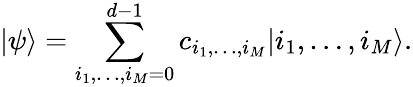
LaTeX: \vert\psi\rangle=\sum_{i_{1},\dots,i_{M}=0}^{d-1}c_{i_{1},\dots,i_{M}}\vert i_{1},\dots,i_{M}\rangle.